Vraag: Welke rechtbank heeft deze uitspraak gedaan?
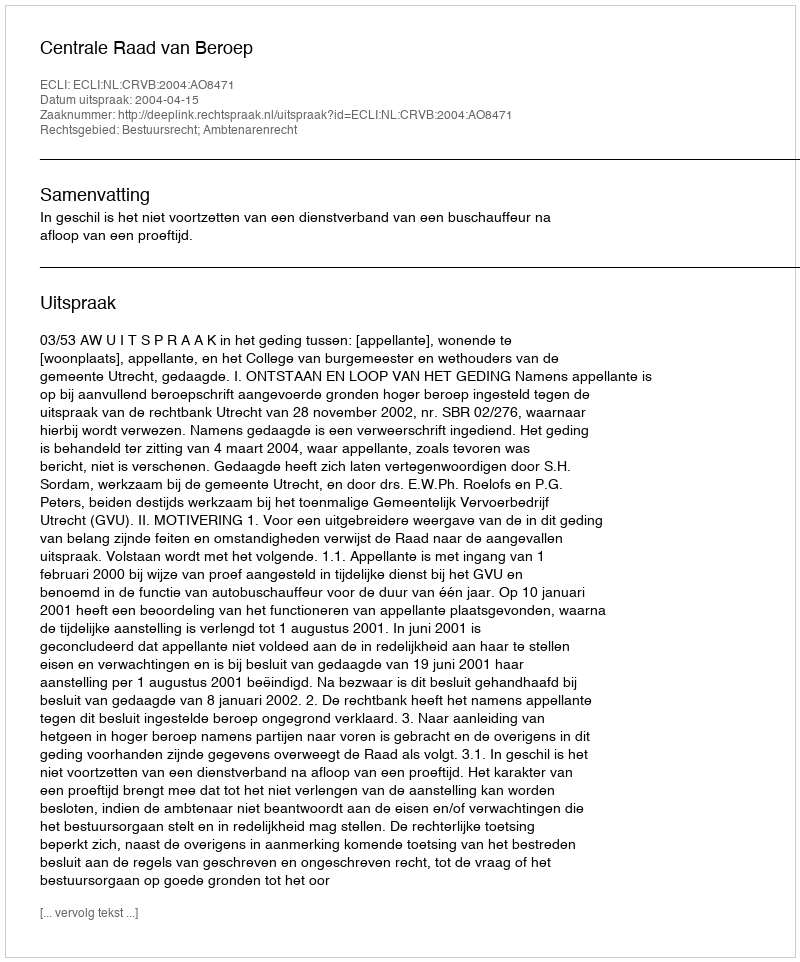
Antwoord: Centrale Raad van Beroep